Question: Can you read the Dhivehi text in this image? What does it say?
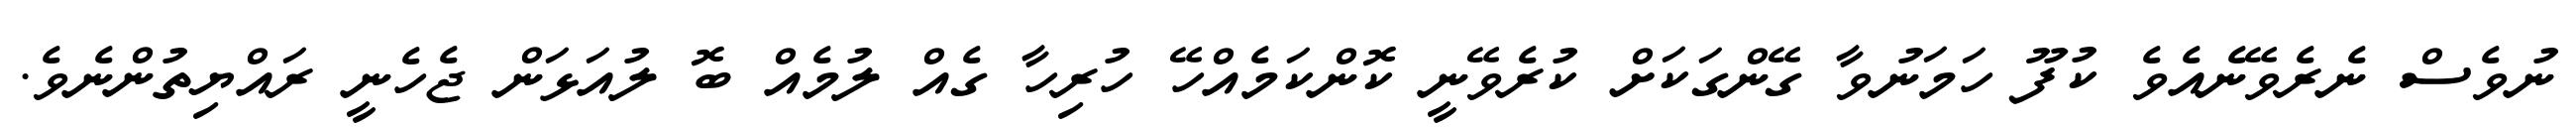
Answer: ނުވެސް ނެރެވޭނެއެވެ ކުފޫ ހަމަނުވާ ގޭންގަކަށް ކުރެވޭނީ ކޮންކަމެއްހޭ ހުރިހާ ގެއް ލުމެއް ބޮ ލުއަޅަން ޖެހެނީ ރައްޔިތުންނެވެ.